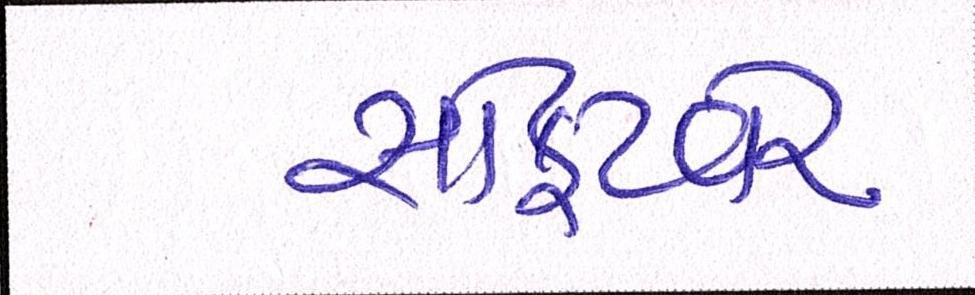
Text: સોફ્ટવેર